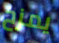
يمزح